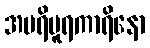
အပရိပူရကာရိနော